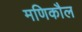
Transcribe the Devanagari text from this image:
मणिकौल